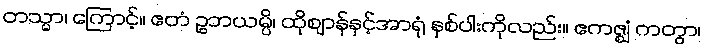
တသ္မာ၊ ကြောင့်။ ဧတံ ဥဘယမ္ပိ၊ ထိုဈာန်နှင့်အာရုံ နှစ်ပါးကိုလည်း။ ဧကဇ္ဈံ ကတွာ၊